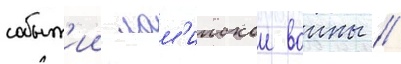
событ'ии лам'иискои воины //